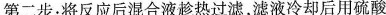
第二步：将反应后混合液趁热过滤，滤液冷却后用硫酸